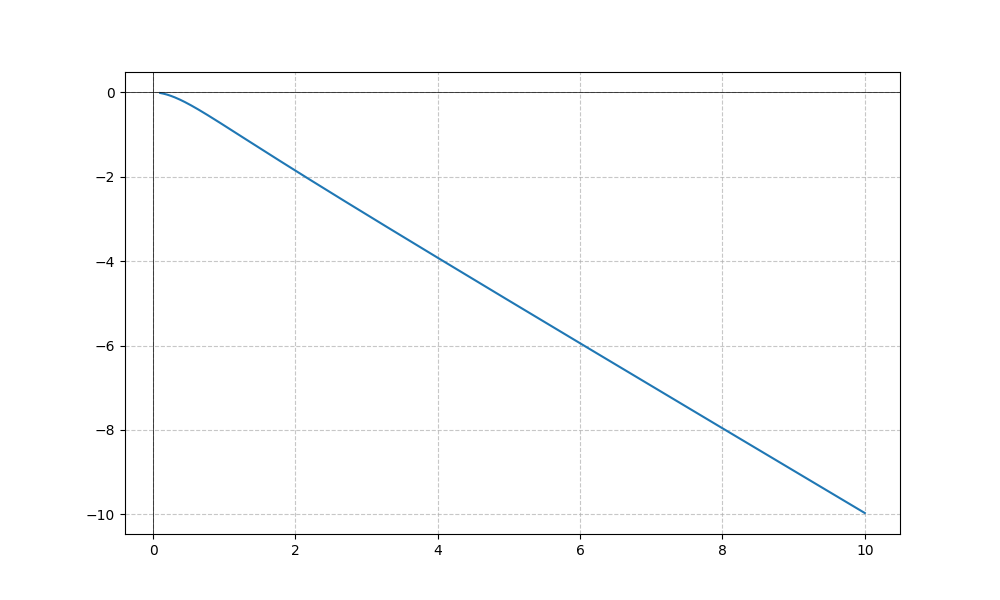
LaTeX formula: - x^{2} \operatorname{acot}{\left(x \right)}